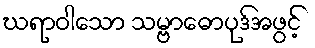
ဃရာဝါသော သမ္ဗာဓောပုဒ်အဖွင့်